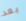
بعد